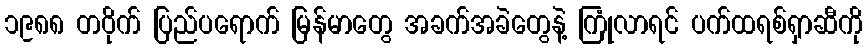
၁၉၈၈ တဝိုက် ပြည်ပရောက် မြန်မာတွေ အခက်အခဲတွေနဲ့ ကြုံလာရင် ပက်ထရစ်ရှာဆီကို